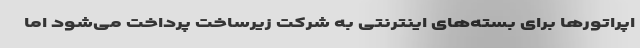
اپراتورها برای بسته‌های اینترنتی به شرکت زیرساخت پرداخت می‌شود اما